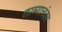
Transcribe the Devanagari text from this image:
ताब्यानंतर